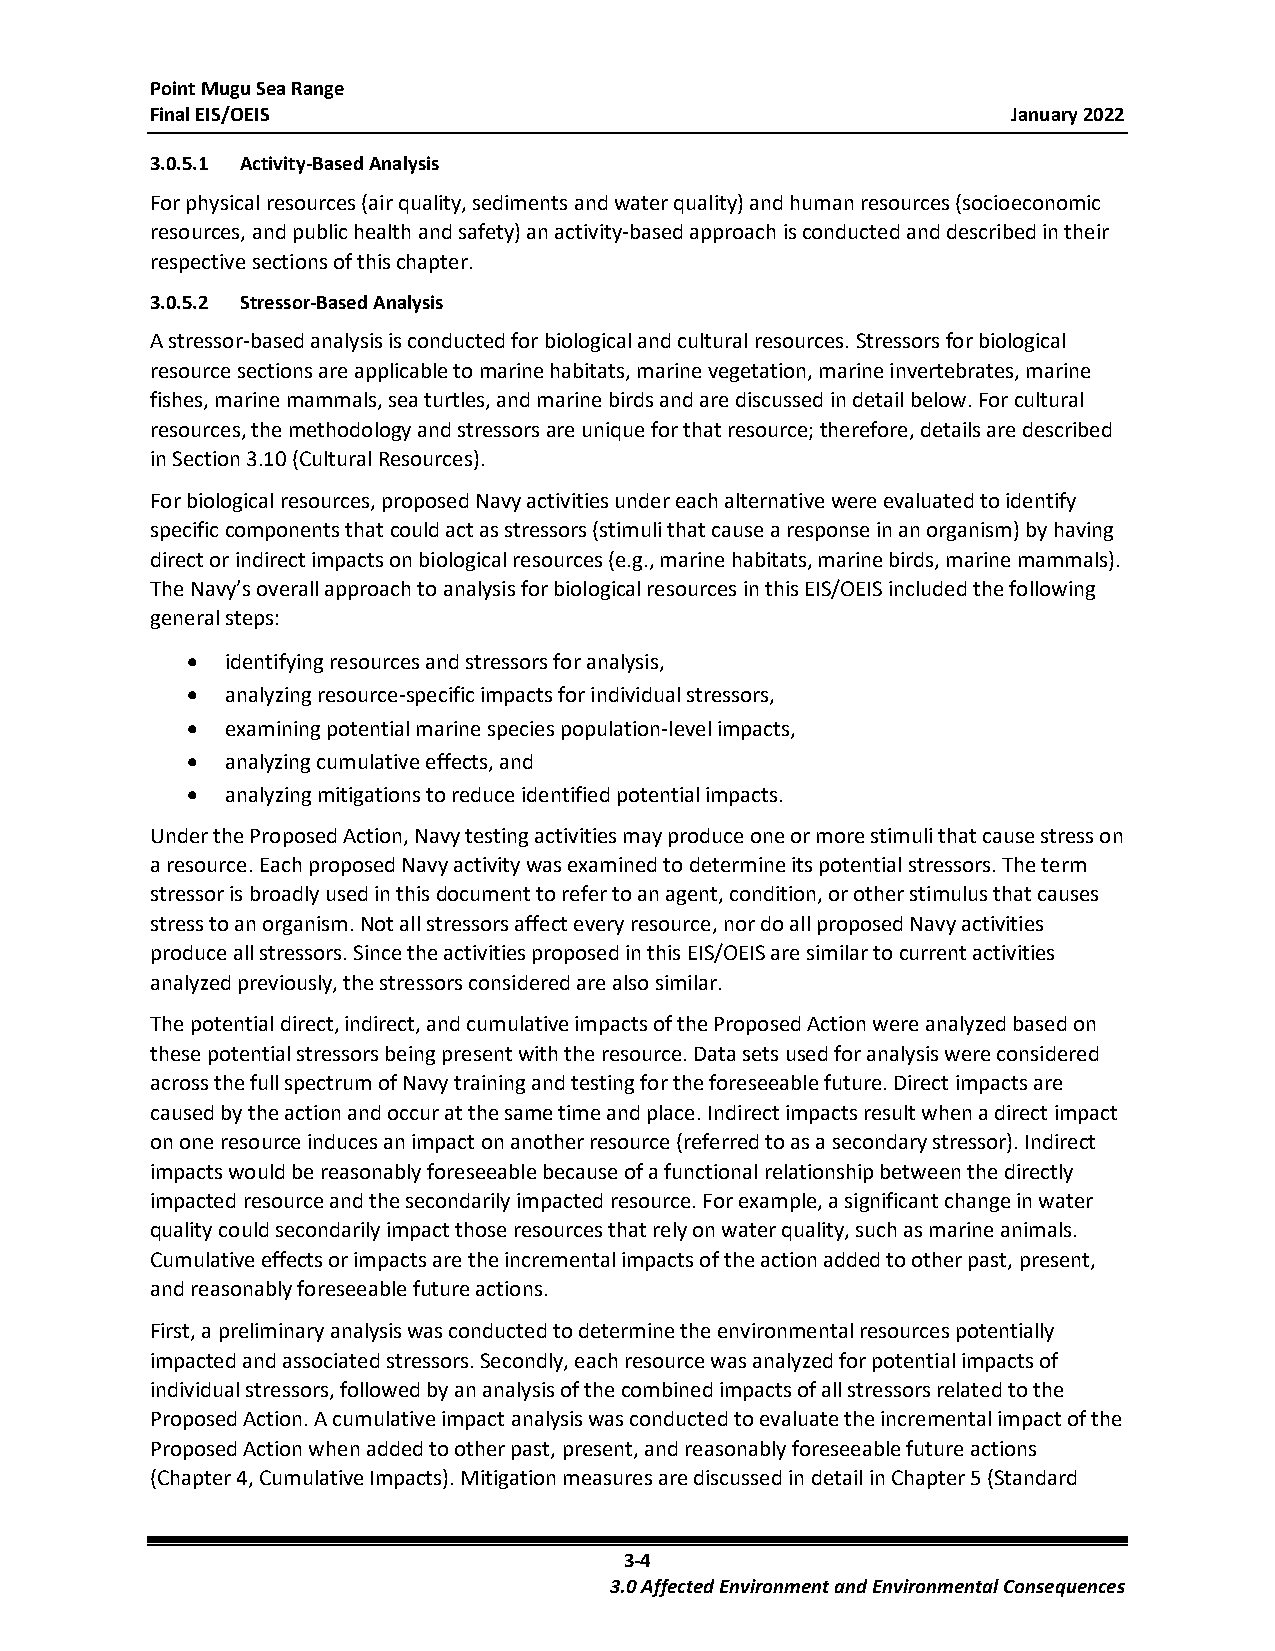
Point Mugu Sea Range
 Final EIS/OEIS                                           January 2022
 3.0.5.1 Activity-Based Analysis
 For physical resources (air quality, sediments and water quality) and human resources (socioeconomic
 resources, and public health and safety) an activity-based approach is conducted and described in their
 respective sections of this chapter.
 3.0.5.2 Stressor-Based Analysis
 A stressor-based analysis is conducted for biological and cultural resources. Stressors for biological
 resource sections are applicable to marine habitats, marine vegetation, marine invertebrates, marine
 fishes, marine mammals, sea turtles, and marine birds and are discussed in detail below. For cultural
 resources, the methodology and stressors are unique for that resource; therefore, details are described
 in Section 3.10 (Cultural Resources).
 For biological resources, proposed Navy activities under each alternative were evaluated to identify
 specific components that could act as stressors (stimuli that cause a response in an organism) by having
 direct or indirect impacts on biological resources (e.g., marine habitats, marine birds, marine mammals).
 The Navy’s overall approach to analysis for biological resources in this EIS/OEIS included the following
 general steps:
 •  identifying resources and stressors for analysis,
 •  analyzing resource-specific impacts for individual stressors,
 •  examining potential marine species population-level impacts,
 •  analyzing cumulative effects, and
 •  analyzing mitigations to reduce identified potential impacts.
 Under the Proposed Action, Navy testing activities may produce one or more stimuli that cause stress on
 a resource. Each proposed Navy activity was examined to determine its potential stressors. The term
 stressor is broadly used in this document to refer to an agent, condition, or other stimulus that causes
 stress to an organism. Not all stressors affect every resource, nor do all proposed Navy activities
 produce all stressors. Since the activities proposed in this EIS/OEIS are similar to current activities
 analyzed previously, the stressors considered are also similar.
 The potential direct, indirect, and cumulative impacts of the Proposed Action were analyzed based on
 these potential stressors being present with the resource. Data sets used for analysis were considered
 across the full spectrum of Navy training and testing for the foreseeable future. Direct impacts are
 caused by the action and occur at the same time and place. Indirect impacts result when a direct impact
 on one resource induces an impact on another resource (referred to as a secondary stressor). Indirect
 impacts would be reasonably foreseeable because of a functional relationship between the directly
 impacted resource and the secondarily impacted resource. For example, a significant change in water
 quality could secondarily impact those resources that rely on water quality, such as marine animals.
 Cumulative effects or impacts are the incremental impacts of the action added to other past, present,
 and reasonably foreseeable future actions.
 First, a preliminary analysis was conducted to determine the environmental resources potentially
 impacted and associated stressors. Secondly, each resource was analyzed for potential impacts of
 individual stressors, followed by an analysis of the combined impacts of all stressors related to the
 Proposed Action. A cumulative impact analysis was conducted to evaluate the incremental impact of the
 Proposed Action when added to other past, present, and reasonably foreseeable future actions
 (Chapter 4, Cumulative Impacts). Mitigation measures are discussed in detail in Chapter 5 (Standard
 3-4
 3.0 Affected Environment and Environmental Consequences